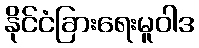
နိုင်ငံခြားရေးမူဝါဒ